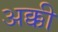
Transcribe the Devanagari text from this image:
अक्की